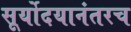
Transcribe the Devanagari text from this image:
सूर्योदयानंतरच